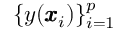
\{ y ( \pmb { x } _ { i } ) \} _ { i = 1 } ^ { p }